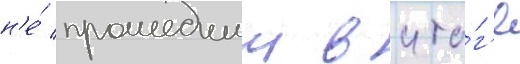
н'е́ прошедшии в ито́г'е